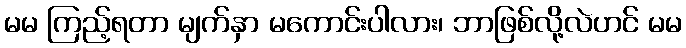
မမ ကြည့်ရတာ မျက်နှာ မကောင်းပါလား၊ ဘာဖြစ်လို့လဲဟင် မမ